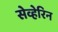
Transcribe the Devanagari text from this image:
सेव्हेरिन